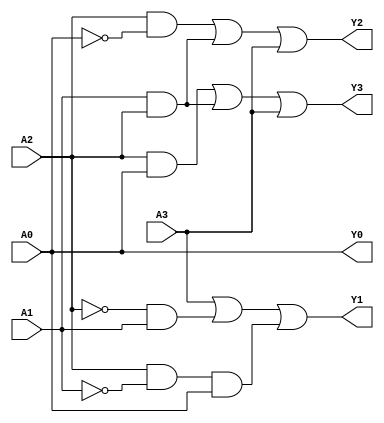
//201715193 Rhee Dong Hyun
module Q1(A0, A1, A2, A3, Y0, Y1, Y2, Y3);
input A0, A1, A2, A3;
output Y0, Y1, Y2, Y3;
assign Y0 = A0;
assign Y1 = A3 | ((~A2)&A1) | (A2&(~A1)&A0);
assign Y2 = (A2&(~A0)) | (A1&A2) | A3;
assign Y3 = (A2&A0) |(A1&A2) | A3;
endmodule